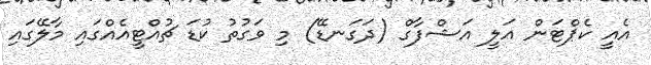
އެއީ ކެޕްޓަން އަލީ އަޝްފާގް (ދަގަނޑޭ) މި ވަގުތު ކުޑަ ޗުއްޓީއެއްގައި މާލޭގައި